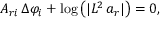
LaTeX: A _ { r i } \, \Delta \varphi _ { i } + \log \left( \vert L ^ { 2 } \, a _ { r } \vert \right) = 0 ,